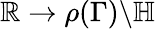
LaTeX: \mathbb{R}\to\rho(\Gamma)\backslash\mathbb{{H}}